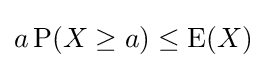
a\operatorname {P} (X\geq a)\leq \operatorname {E} (X)